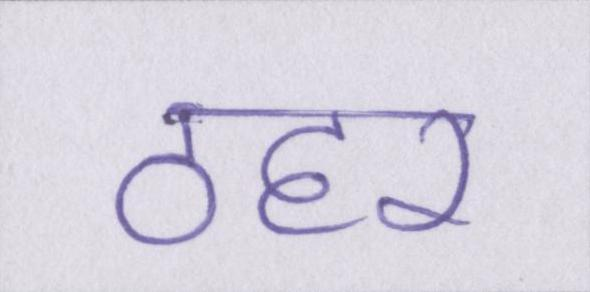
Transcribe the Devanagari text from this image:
ठहर